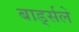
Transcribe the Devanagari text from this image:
बार्ड्सले